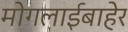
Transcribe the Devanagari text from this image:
मोगलाईबाहेर